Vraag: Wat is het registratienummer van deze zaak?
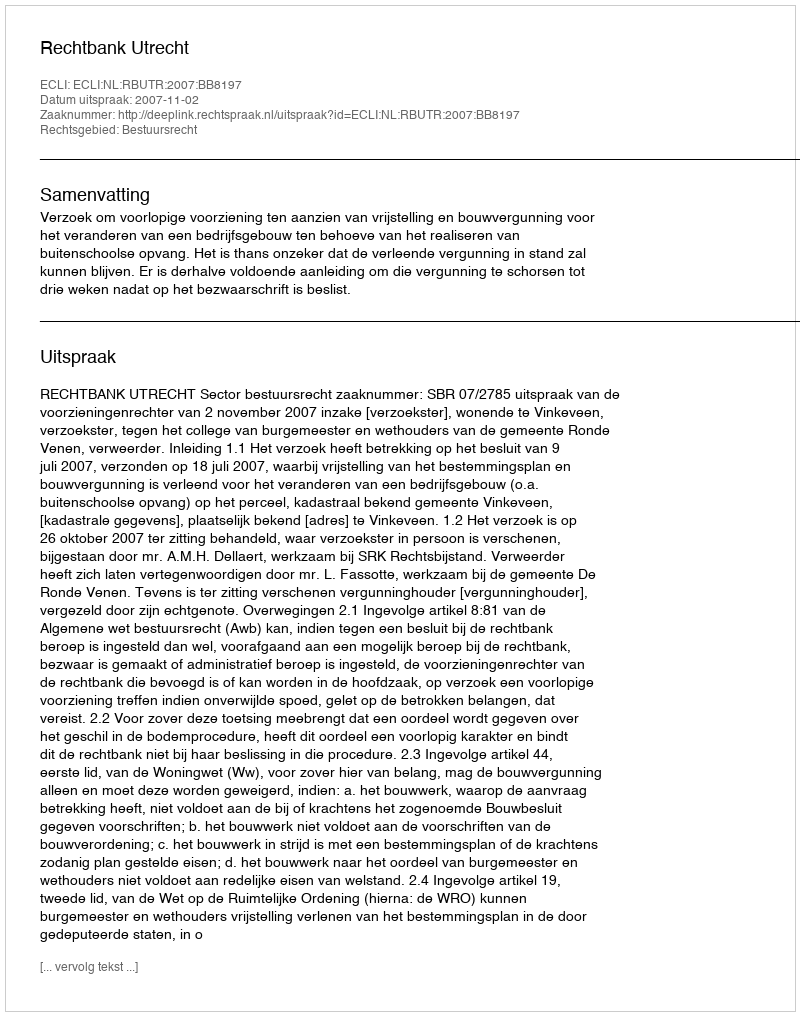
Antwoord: http://deeplink.rechtspraak.nl/uitspraak?id=ECLI:NL:RBUTR:2007:BB8197